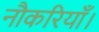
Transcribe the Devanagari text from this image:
नौकरियाँ।